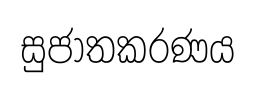
සුජාතකරණය